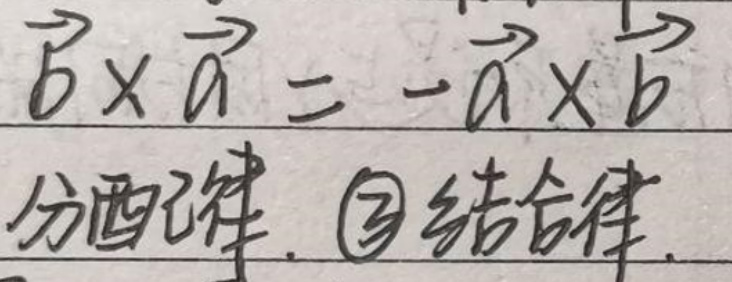
$\vec{b} \times \vec{a} = - \vec{a} \times \vec{b}$

分配律、$\textcircled{3}$结合律.